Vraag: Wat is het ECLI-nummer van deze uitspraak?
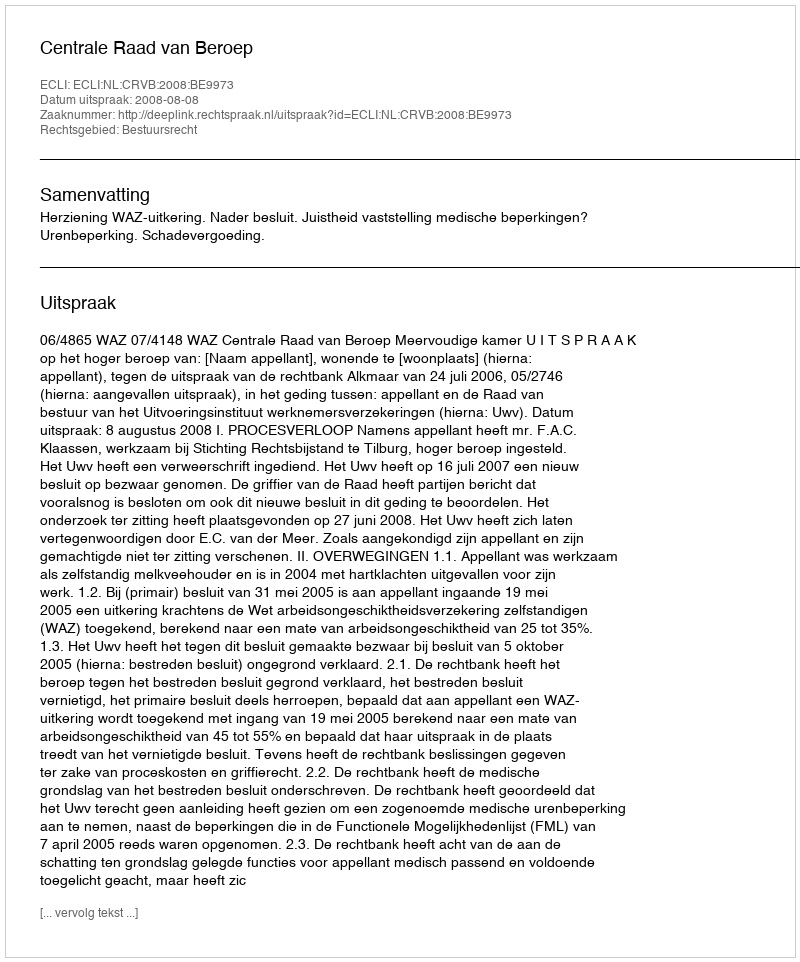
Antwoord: ECLI:NL:CRVB:2008:BE9973